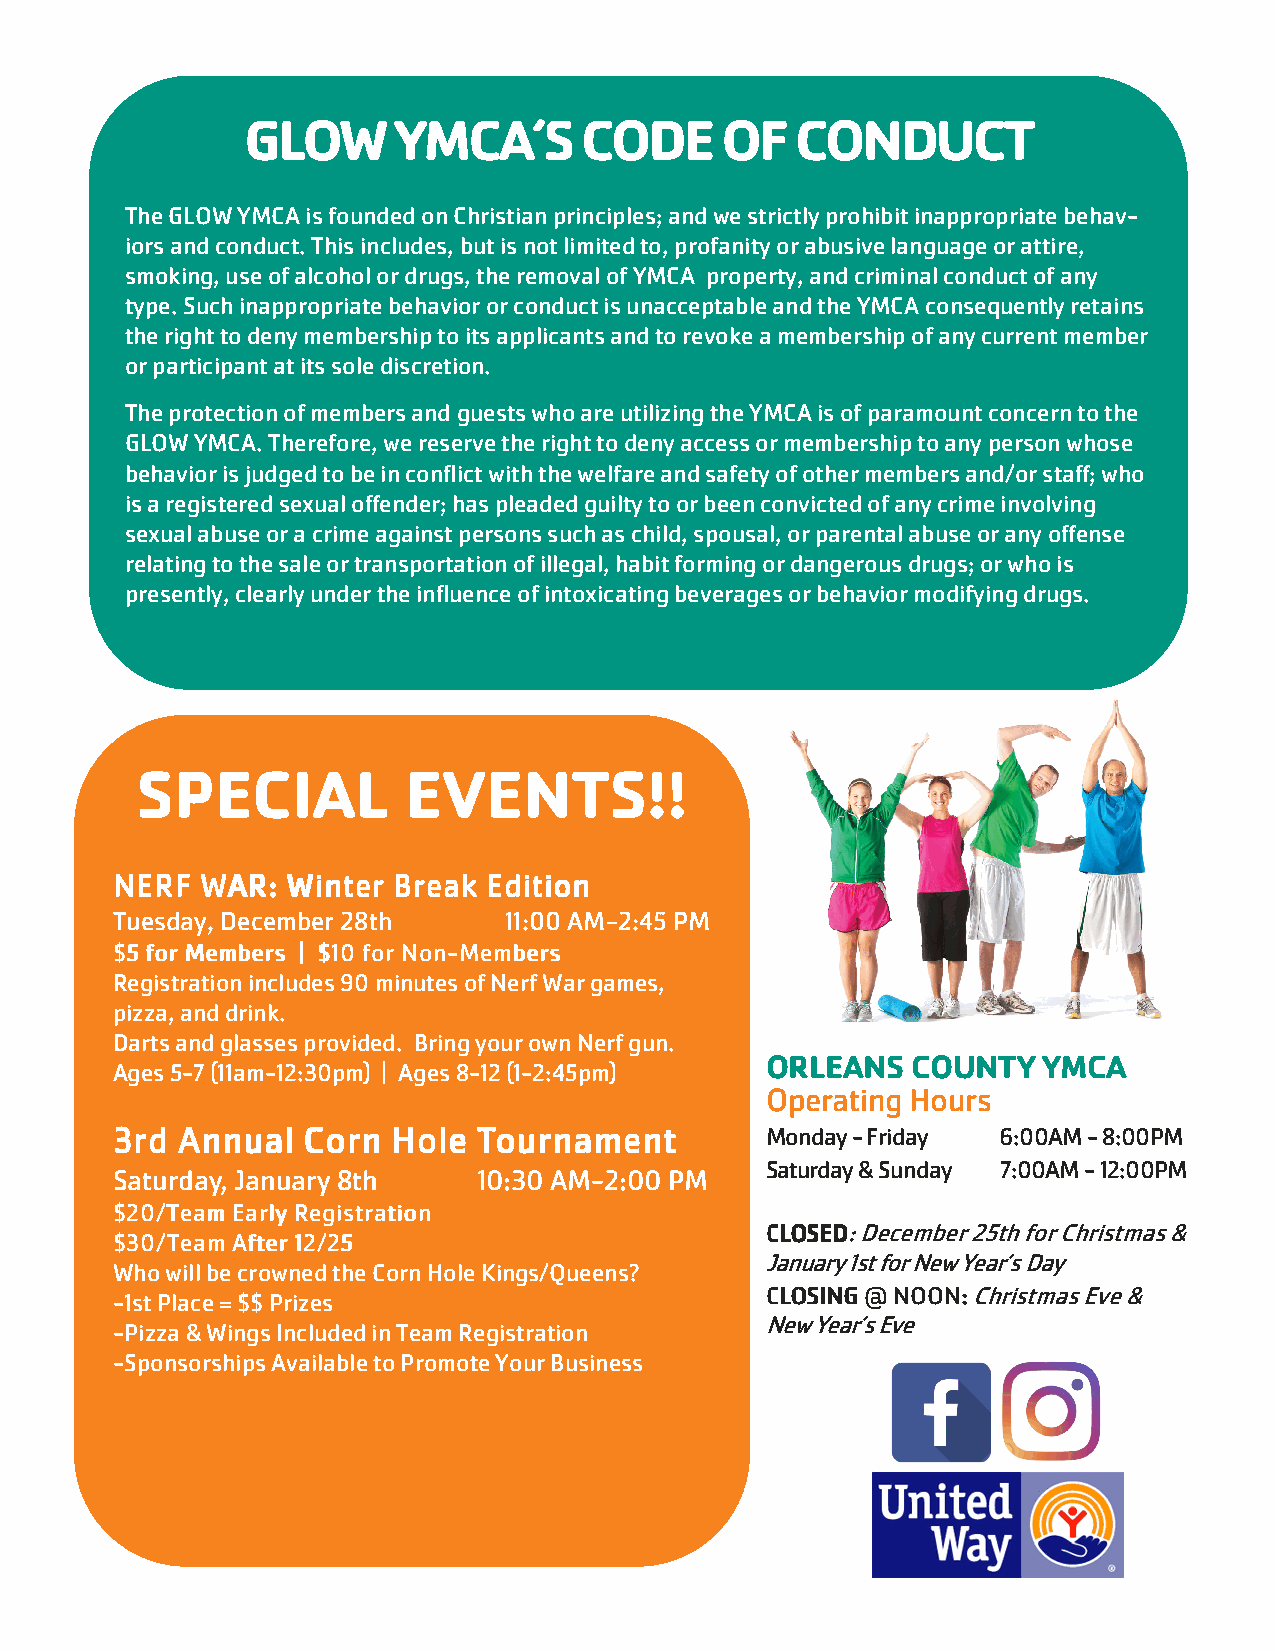
GLOW      YMCA‘S      CODE      OF   CONDUCT
 The GLOW YMCA is founded on Christian principles; and we strictly prohibit inappropriate behav-
 iors and conduct. This includes, but is not limited to, profanity or abusive language or attire,
 smoking, use of alcohol or drugs, the removal of YMCA property, and criminal conduct of any
 type. Such inappropriate behavior or conduct is unacceptable and the YMCA consequently retains
 the right to deny membership to its applicants and to revoke a membership of any current member
 or participant at its sole discretion.
 The protection of members and guests who are utilizing the YMCA is of paramount concern to the
 GLOW YMCA. Therefore, we reserve the right to deny access or membership to any person whose
 behavior is judged to be in conflict with the welfare and safety of other members and/or staff; who
 is a registered sexual offender; has pleaded guilty to or been convicted of any crime involving
 sexual abuse or a crime against persons such as child, spousal, or parental abuse or any offense
 relating to the sale or transportation of illegal, habit forming or dangerous drugs; or who is
 presently, clearly under the influence of intoxicating beverages or behavior modifying drugs.
 SPECIAL           EVENTS!!
 NNNNEEEERRRRFFFF WWWWAAAARRRR:::: WWWWiiiinnnntttteeeerrrr BBBBrrrreeeeaaaakkkk EEEEddddiiiittttiiiioooonnnn
 Tuesday, December 28th    11:00 AM-2:45 PM
 $$$$5555 ffffoooorrrr MMMMeeeemmmmbbbbeeeerrrrssss |||| $$$$11110000 ffffoooorrrr NNNNoooonnnn----MMMMeeeemmmmbbbbeeeerrrrssss
 Registration includes 90 minutes of Nerf War games,
 pizza, and drink.
 Darts and glasses provided. Bring your own Nerf gun.
 ORLEANS  COUNTY   YMCA
 Ages 5-7 (11am-12:30pm) | Ages 8-12 (1-2:45pm)
 Operating Hours
 3333rrrrdddd AAAAnnnnnnnnuuuuaaaallll CCCCoooorrrrnnnn HHHHoooolllleeee TTTToooouuuurrrrnnnnaaaammmmeeeennnntttt Monday - Friday 6:00AM - 8:00PM
 Saturday & Sunday 7:00AM - 12:00PM
 Saturday, January 8th    10:30 AM-2:00 PM
 $$$$22220000////TTTTeeeeaaaammmm EEEEaaaarrrrllllyyyy RRRReeeeggggiiiissssttttrrrraaaattttiiiioooonnnn
 CCCCLLLLOOOOSSSSEEEEDDDD: December 25th for Christmas &
 $$$$33330000////TTTTeeeeaaaammmm AAAAfffftttteeeerrrr 11112222////22225555
 January 1st for New Year’s Day
 Who will be crowned the Corn Hole Kings/Queens?
 CCCCLLLLOOOOSSSSIIIINNNNGGGG @@@@ NNNNOOOOOOOONNNN:::: Christmas Eve &
 -1st Place = $$ Prizes
 New Year’s Eve
 -Pizza & Wings Included in Team Registration
 -Sponsorships Available to Promote Your Business